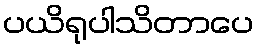
ပယိရုပါသိတာပေ